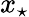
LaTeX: x_{\star}